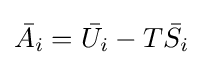
{\bar {A_{i}}}={\bar {U_{i}}}-T{\bar {S_{i}}}